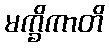
မက္ခိကာတိ